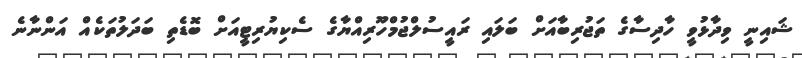
ޝައިނީ ވިދާޅުވީ ހާދިސާގެ ތަޖުރިބާއަށް ބަލައި ރައީސުލްޖުމްހޫރިއްޔާގެ ސެކިޔުރިޓީއަށް ބޮޑެތި ބަދަލުތަކެއް އަންނާނެ